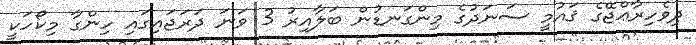
ދިވެހިރާޢްޖޭގެ ޤައުމީ ސަނަދުގެ މިންގަނޑުން ބަލާއިރު 3 ވަނަ ދަރަޖައިގައި ހިންގާ މިކޯހަކީ